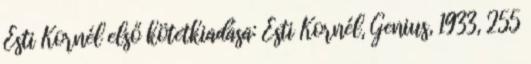
Esti Kornél első kötetkiadása: Esti Kornél, Genius, 1933, 255